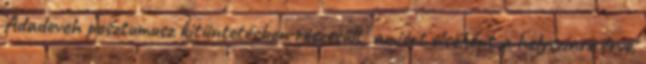
Adadevoh posztumusz kitüntetésben részesült, amiért elsőként a helyszínre érve,